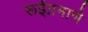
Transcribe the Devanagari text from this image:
रूईप्रमाणे